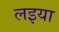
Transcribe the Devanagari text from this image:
लइया